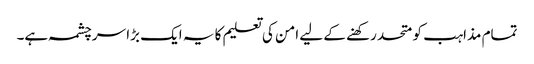
تمام مذاہب کو متحد رکھنے کے لیے امن کی تعلیم کا یہ ایک بڑا سرچشمہ ہے۔